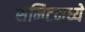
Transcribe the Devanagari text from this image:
समिटमध्ये